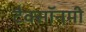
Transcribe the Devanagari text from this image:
टैक्सॉनमी